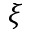
\xi